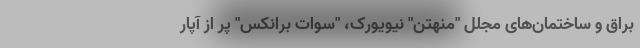
براق و ساختمان‌های مجلل "منهتن" نیویورک، "سوات برانکس" پر از آپار